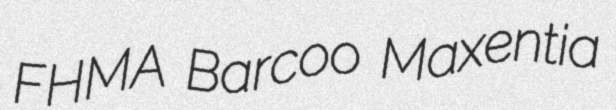
FHMA Barcoo Maxentia